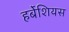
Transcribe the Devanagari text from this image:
हर्बेशियस